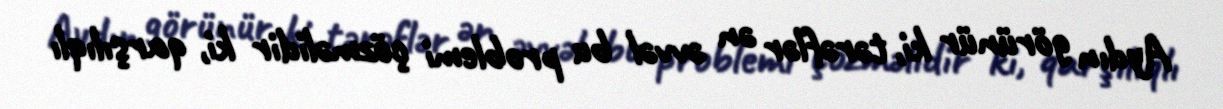
Aydın görünür ki, tərəflər ən əvvəl bu problemi çözməlidir ki, qarşılıqlı